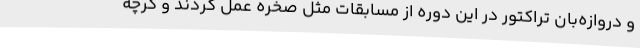
و دروازه‌بان تراکتور در این دوره از مسابقات مثل صخره عمل کردند و گرچه